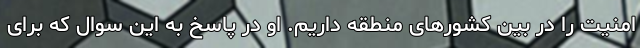
امنیت را در بین کشورهای منطقه داریم. او در پاسخ به این سوال که برای